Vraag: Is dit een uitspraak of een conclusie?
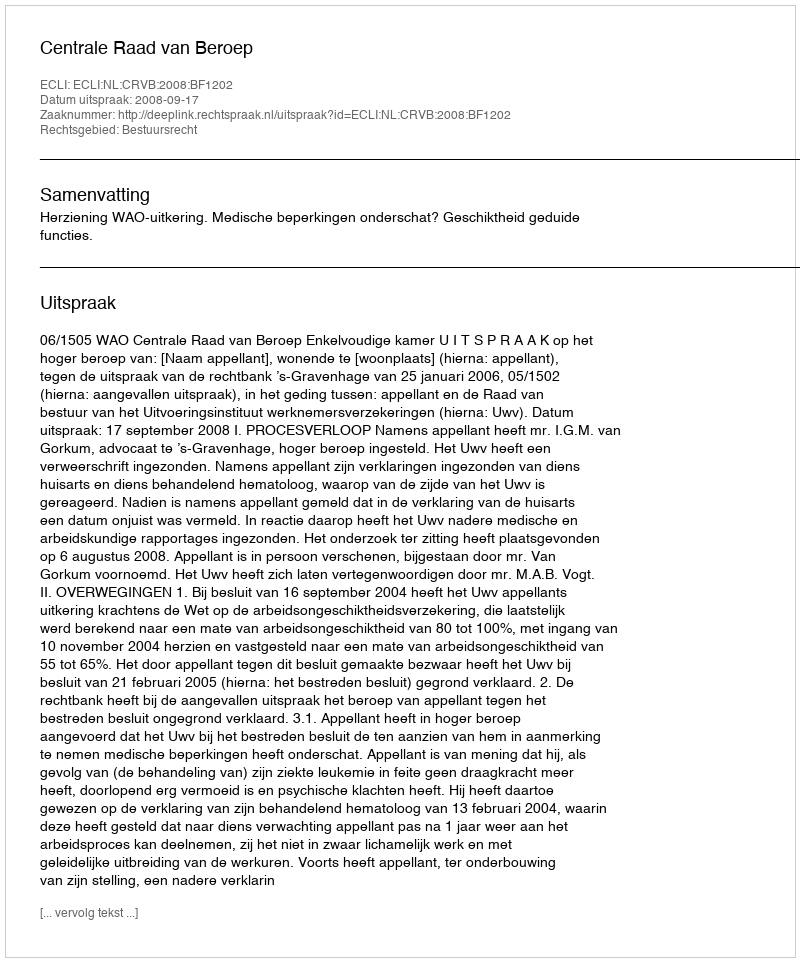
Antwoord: Uitspraak